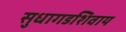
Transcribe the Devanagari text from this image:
सुधागडशिवाय